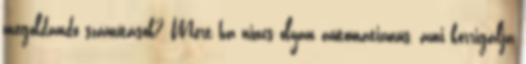
megoldandó számítások? Mert ha nincs olyan automatizmus, ami korrigálja